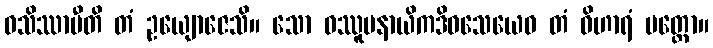
ဝသိဿာမီတိ တံ ဥယျောဇေသိ။ သော ဝဿူပနာယိကဒိဝသေယေဝ တံ ဝိဟာရံ ပတ္တော။